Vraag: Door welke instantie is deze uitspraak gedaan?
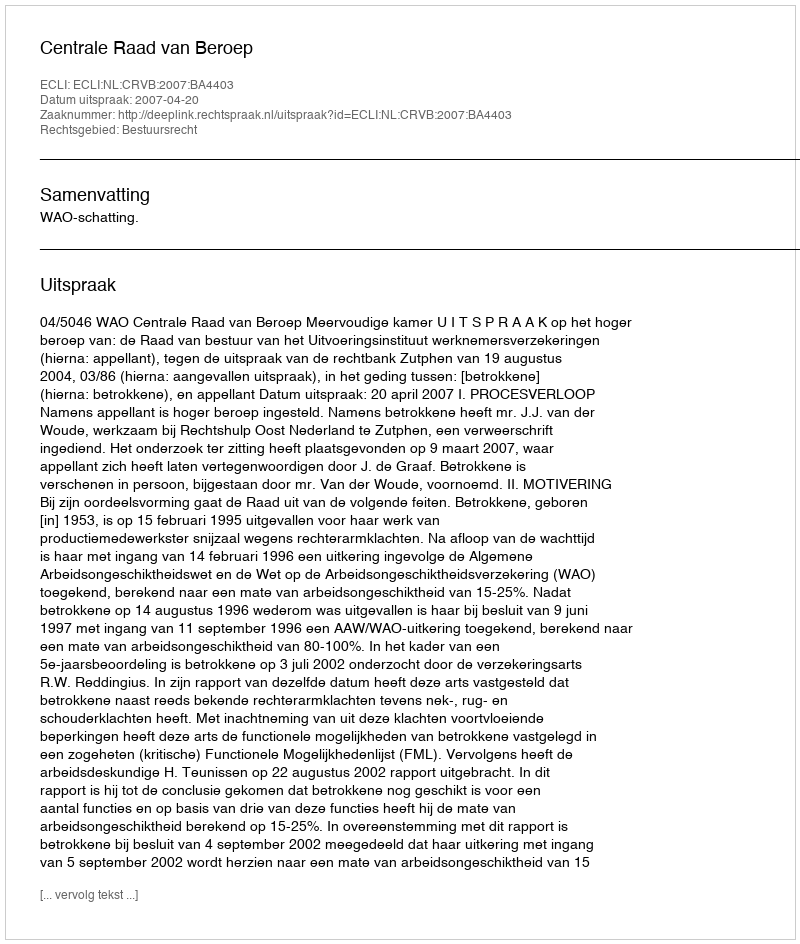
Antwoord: Centrale Raad van Beroep